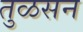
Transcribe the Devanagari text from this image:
तुळसन